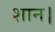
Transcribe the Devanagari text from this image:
शान।